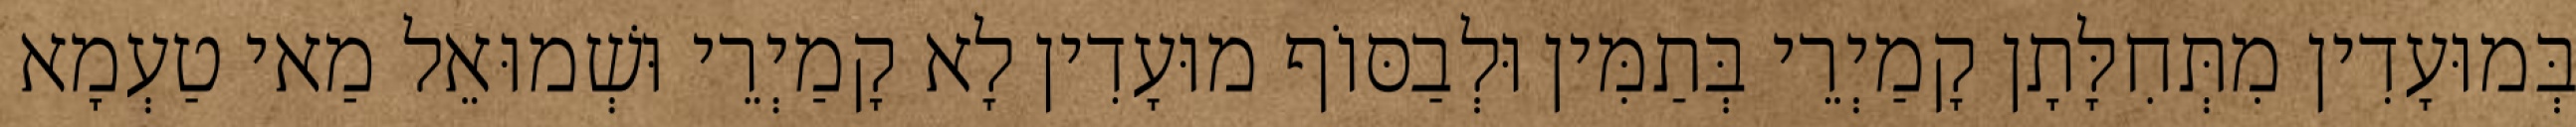
בְּמוּעָדִין מִתְּחִלָּתָן קָמַיְרֵי בְּתַמִּין וּלְבַסּוֹף מוּעָדִין לָא קָמַיְרֵי וּשְׁמוּאֵל מַאי טַעְמָא